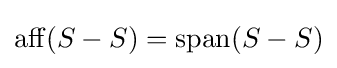
\operatorname {aff} (S-S)=\operatorname {span} (S-S)